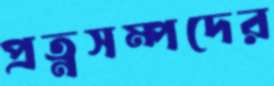
প্রত্নসম্পদের